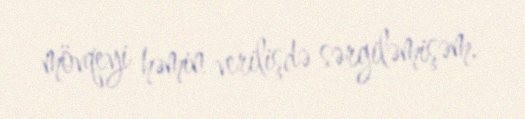
mövqeyi həmin verilişdə sərgiləmişəm.